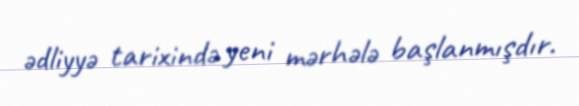
ədliyyə tarixində yeni mərhələ başlanmışdır.